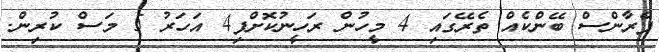
ފްރާންސް ބޭންކެއް ތެރޭގައި 4 މީހުން ރަހީނުކޮށްފި4 އަހަރު 5 މަސް ކުރިން.